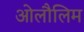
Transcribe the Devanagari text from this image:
ओलौलिम